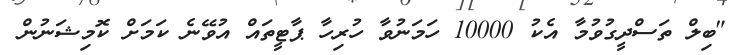
"ބިލް ތަސްދީގުވުމާ އެކު 10000 ހަމަނުވާ ހުރިހާ ޕާޓީތައް އުވޭނެ ކަމަށް ކޮމިޝަނުން